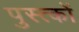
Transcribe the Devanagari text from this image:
पुस्त्कों